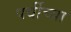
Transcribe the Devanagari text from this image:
पर्वीच्या